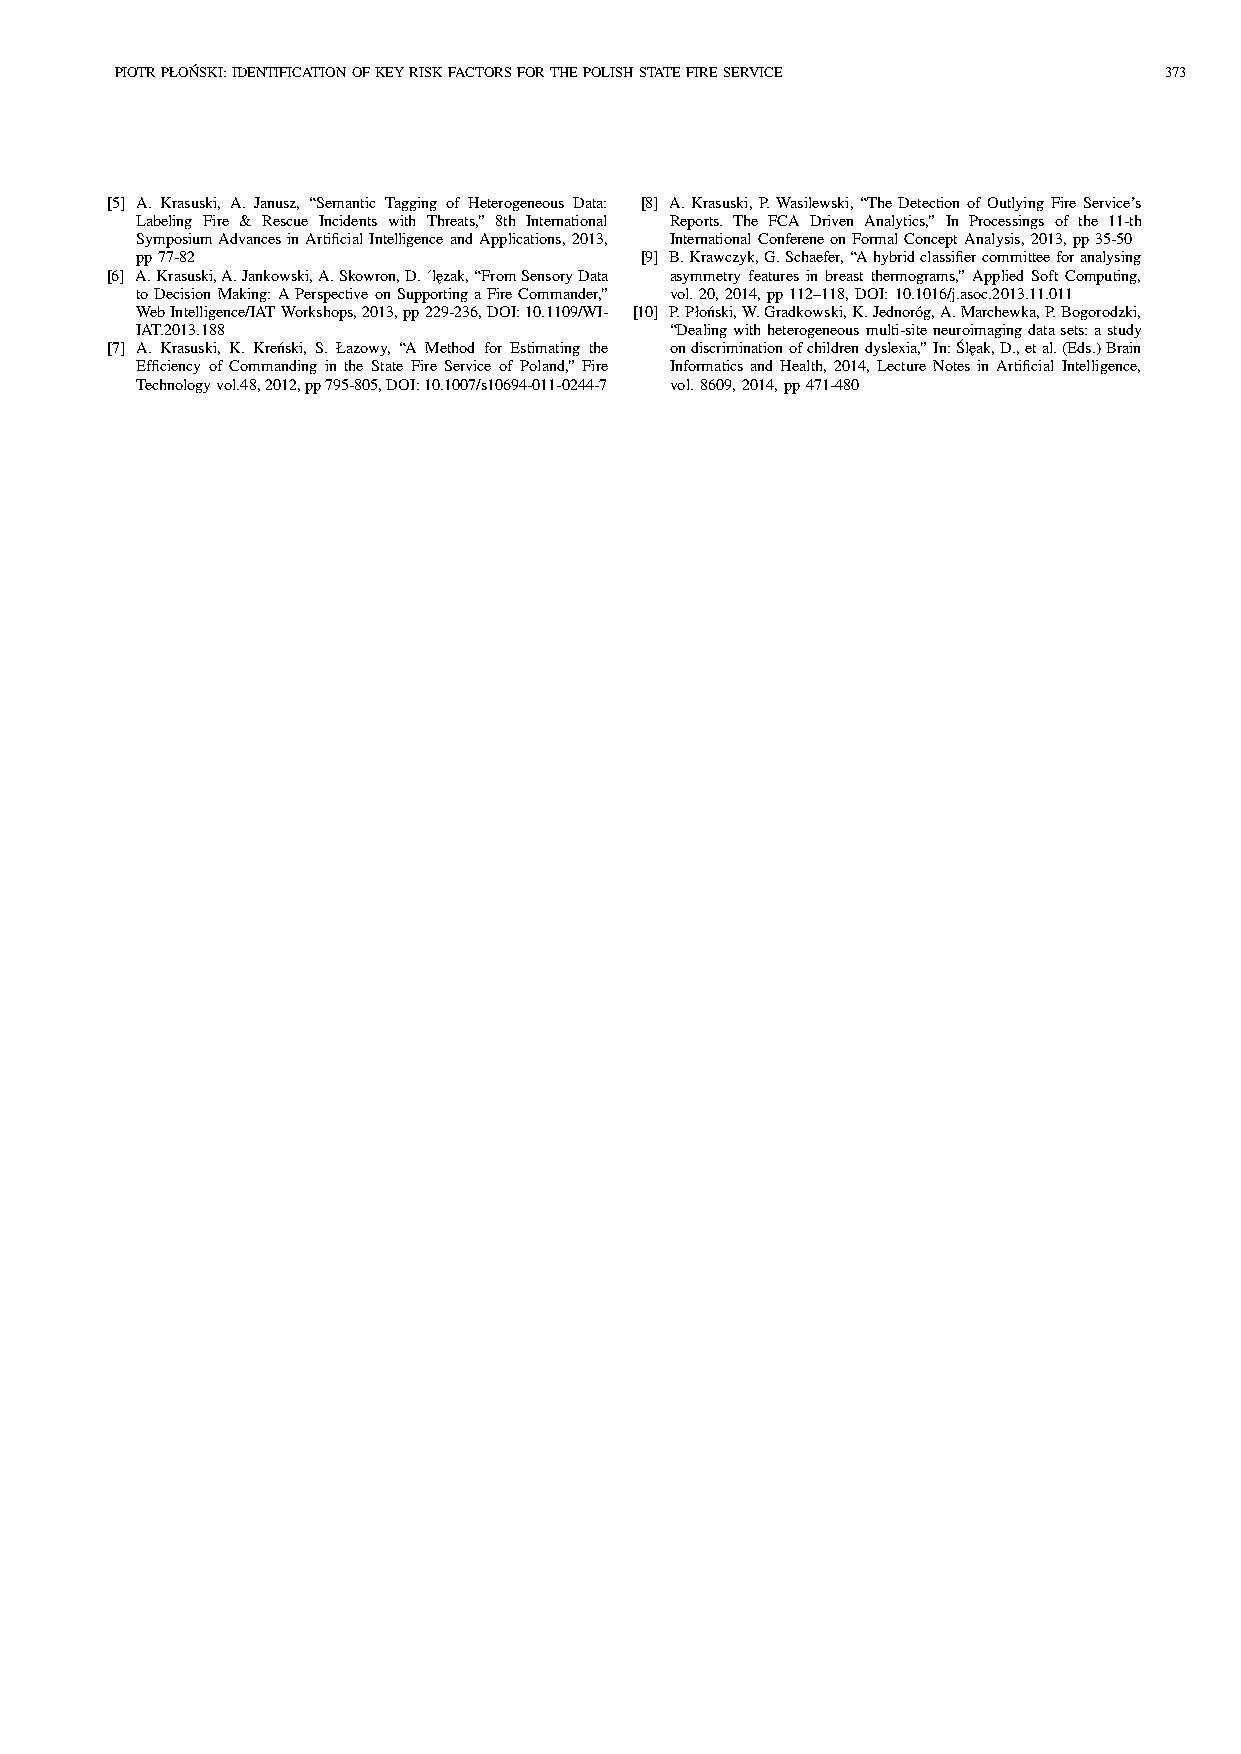
PIOTRPŁON´SKI:IDENTIFICATIONOFKEYRISKFACTORSFORTHEPOLISHSTATEFIRESERVICE 373
 [5] A. Krasuski, A. Janusz, “Semantic Tagging of Heterogeneous Data: [8] A.Krasuski, P.Wasilewski, “TheDetection ofOutlying FireService’s
 Labeling Fire & Rescue Incidents with Threats,” 8th International Reports. The FCA Driven Analytics,” In Processings of the 11-th
 SymposiumAdvancesinArtificialIntelligence andApplications, 2013, International ConfereneonFormalConceptAnalysis,2013,pp35-50
 pp77-82                          [9] B.Krawczyk,G.Schaefer,“Ahybridclassifiercommitteeforanalysing
 [6] A.Krasuski,A.Jankowski,A.Skowron,D.´le˛zak,“FromSensoryData asymmetry features in breast thermograms,” Applied Soft Computing,
 toDecision Making:APerspective onSupporting aFireCommander,” vol.20,2014,pp112–118,DOI:10.1016/j.asoc.2013.11.011
 WebIntelligence/IATWorkshops,2013,pp229-236,DOI:10.1109/WI- [10] P.Płon´ski,W.Gradkowski,K.Jednoróg,A.Marchewka,P.Bogorodzki,
 IAT.2013.188                       “Dealingwithheterogeneousmulti-siteneuroimagingdatasets:astudy
 [7] A. Krasuski, K. Kren´ski, S. Łazowy, “A Method for Estimating the ondiscriminationofchildrendyslexia,”In:S´le˛ak,D.,etal.(Eds.)Brain
 Efficiency of Commanding in the State Fire Service of Poland,” Fire Informatics and Health, 2014, Lecture Notes in Artificial Intelligence,
 Technologyvol.48,2012,pp795-805,DOI:10.1007/s10694-011-0244-7 vol.8609,2014,pp471-480